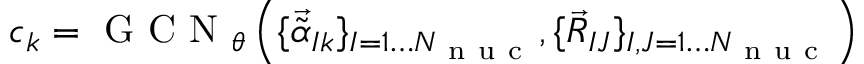
{ \boldsymbol { c } } _ { k } = \mathrm { ~ G ~ C ~ N ~ } _ { \theta } \left( \{ \vec { \widetilde { \alpha } } _ { I k } \} _ { I = 1 \dots { N _ { \mathrm { ~ n ~ u ~ c ~ } } } } , \{ \vec { R } _ { I J } \} _ { I , J = 1 \dots { N _ { \mathrm { ~ n ~ u ~ c ~ } } } } \right)